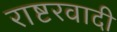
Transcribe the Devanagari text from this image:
राष्टरवादी